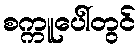
စက္ကူပေါ်တွင်